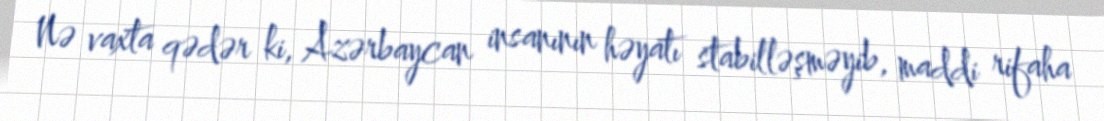
Nə vaxta qədər ki, Azərbaycan insanının həyatı stabilləşməyib, maddi rifaha